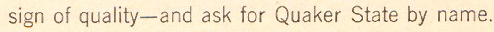
sign of quality-and ask for Quaker State by name.